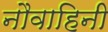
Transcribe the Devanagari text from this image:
नौवाहिनी